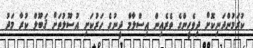
ކުރަމުންދަނިކޮށް ދިވެހީންގެ ތެރެއިން އިސްލާމް ދީނުގެ ހަރުކަށި އުސޫލުތަށް ޤަބޫލް ކުރާ މަދު